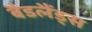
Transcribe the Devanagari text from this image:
बैडलैंड्स